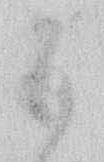
五